Vaccination in Bombay 1889-1901 - 1889-1901
Year: 1889
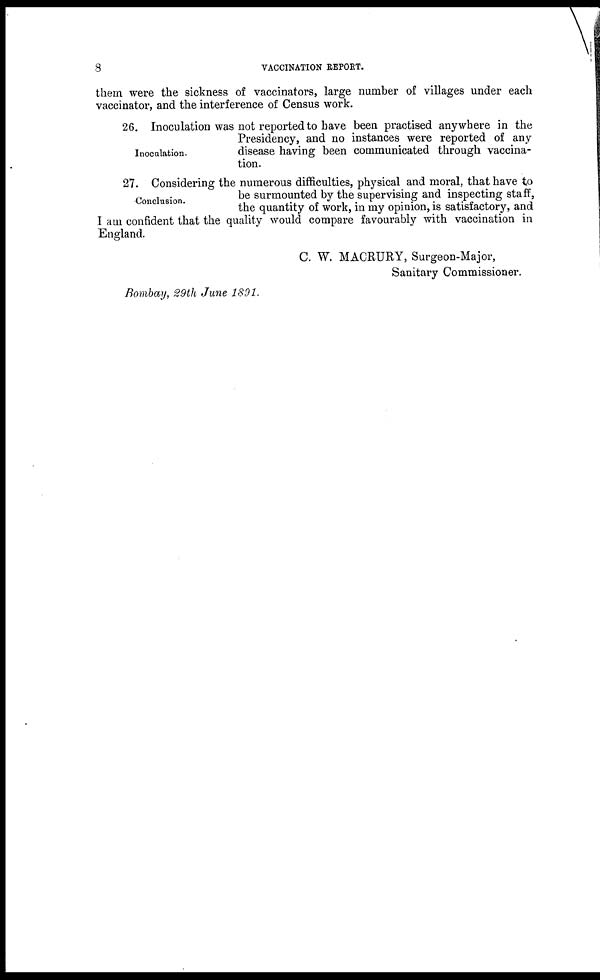
8
VACCINATION REPORT.
them were the sickness of vaccinators, large number of villages under each
vaccinator, and the interference of Census work.
Inoculation.
26. Inoculation was not reported to have been practised anywhere in the
Presidency, and no instances were reported of any
disease having been communicated through vaccina-
tion.
Conclusion.
27. Considering the numerous difficulties, physical and moral, that have to
be surmounted by the supervising and inspecting staff,
the quantity of work, in my opinion, is satisfactory, and
I am confident that the quality would compare favourably with vaccination in
England.
C. W. MACRURY, Surgeon-Major,
Sanitary Commissioner.
Bombay, 29th June 1891.